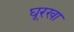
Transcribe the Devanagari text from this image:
घूरखा